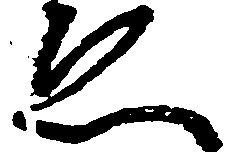
ゑ